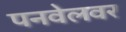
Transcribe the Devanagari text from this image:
पनवेलवर